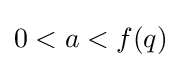
0<a<f(q)